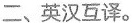
二、英汉互译。